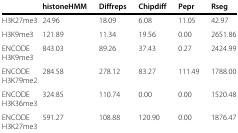
<table><thead><tr><td></td><td><b>histoneHMM</b></td><td><b>Diffreps</b></td><td><b>Chipdiff</b></td><td><b>Pepr</b></td><td><b>Rseg</b></td></tr></thead><tbody><tr><td>H3K27me3</td><td>24.96</td><td>18.09</td><td>6.08</td><td>11.05</td><td>42.97</td></tr><tr><td>H3K9me3</td><td>121.89</td><td>11.34</td><td>19.56</td><td>0.00</td><td>2651.86</td></tr><tr><td>ENCODE H3K9me3</td><td>843.03</td><td>89.26</td><td>37.43</td><td>0.27</td><td>2424.99</td></tr><tr><td>ENCODE H3K79me2</td><td>284.58</td><td>278.12</td><td>83.27</td><td>111.49</td><td>1788.00</td></tr><tr><td>ENCODE H3K36me3</td><td>324.85</td><td>110.74</td><td>0.00</td><td>0.00</td><td>1520.48</td></tr><tr><td>ENCODE H3K27me3</td><td>591.27</td><td>108.88</td><td>120.90</td><td>0.00</td><td>1876.47</td></tr></tbody></table>